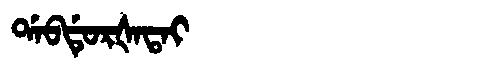
Manchu: ᡩᠠᠪᡩᡠᡵᡧᠠᡨᠠᡳ
Romanization: DABDURŠATAI